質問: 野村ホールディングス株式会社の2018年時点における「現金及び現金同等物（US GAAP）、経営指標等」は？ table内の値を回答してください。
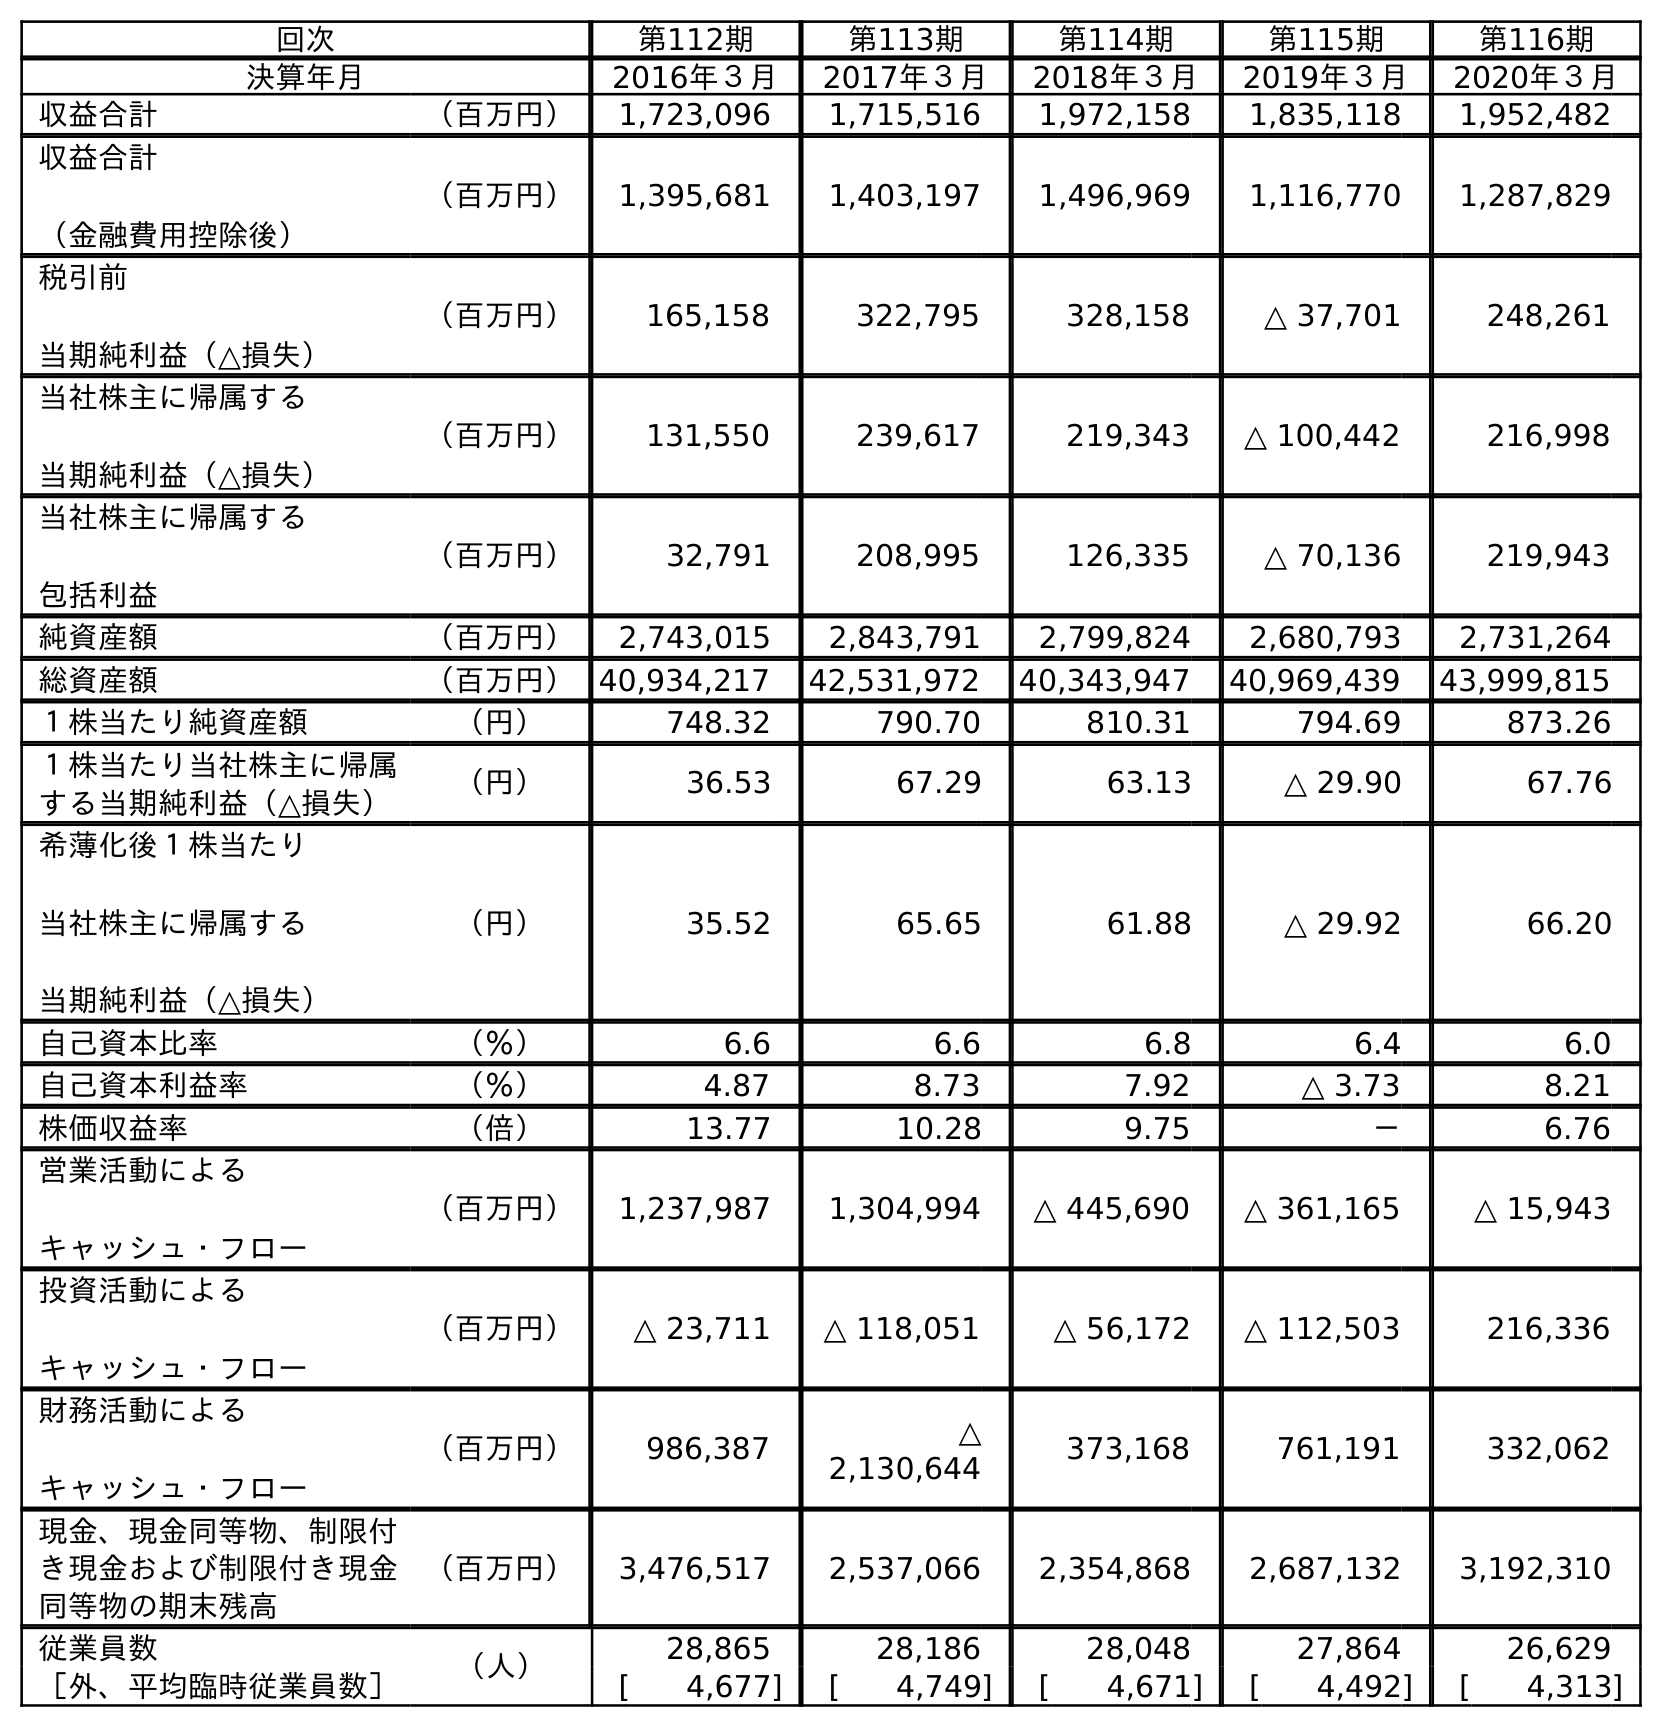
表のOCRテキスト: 回次 第112期 第113期 第114期 第115期 第116期 決算年月 2016年３月 2017年３月 2018年３月 2019年３月 2020年３月 収益合計 （百万円） 1,723,096 1,715,516 1,972,158 1,835,118 1,952,482 収益合計 （金融費用控除後） （百万円） 1,395,681 1,403,197 1,496,969 1,116,770 1,287,829 税引前 当期純利益（△損失） （百万円） 165,158 322,795 328,158 △ 37,701 248,261 当社株主に帰属する 当期純利益（△損失） （百万円） 131,550 239,617 219,343 △ 100,442 216,998 当社株主に帰属する 包括利益 （百万円） 32,791 208,995 126,335 △ 70,136 219,943 純資産額 （百万円） 2,743,015 2,843,791 2,799,824 2,680,793 2,731,264 総資産額 （百万円）40,934,217 42,531,972 40,343,947 40,969,439 43,999,815 １株当たり純資産額 （円） 748.32 790.70 810.31 794.69 873.26 １株当たり当社株主に帰属 する当期純利益（△損失） （円） 36.53 67.29 63.13 △ 29.90 67.76 希薄化後１株当たり 当社株主に帰属する 当期純利益（△損失） （円） 35.52 65.65 61.88 △ 29.92 66.20 自己資本比率 （％） 6.6 6.6 6.8 6.4 6.0 自己資本利益率 （％） 4.87 8.73 7.92 △ 3.73 8.21 株価収益率 （倍） 13.77 10.28 9.75 － 6.76 営業活動による キャッシュ・フロー （百万円） 1,237,987 1,304,994 △ 445,690 △ 361,165 △ 15,943 投資活動による キャッシュ・フロー （百万円） △ 23,711 △ 118,051 △ 56,172 △ 112,503 216,336 財務活動による キャッシュ・フロー （百万円） 986,387 △ 2,130,644 373,168 761,191 332,062 現金、現金同等物、制限付 き現金および制限付き現金 同等物の期末残高 （百万円） 3,476,517 2,537,066 2,354,868 2,687,132 3,192,310 従業員数 （人） 28,865 28,186 28,048 27,864 26,629 ［外、平均臨時従業員数］ [ 4,677] [ 4,749] [ 4,671] [ 4,492] [ 4,313]
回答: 2,354,868